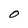
Character: O